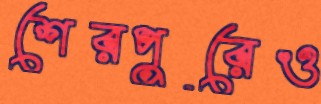
শেরপুরেও